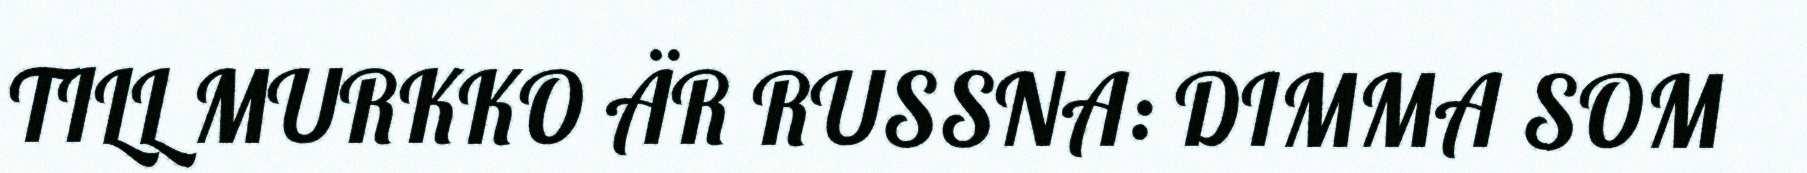
TILL MURKKO ÄR RUSSNA: DIMMA SOM